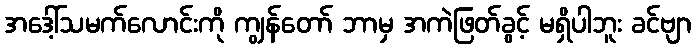
အဒေါ့်သမက်လောင်းကို ကျွန်တော် ဘာမှ အကဲဖြတ်ခွင့် မရှိပါဘူး ခင်ဗျာ